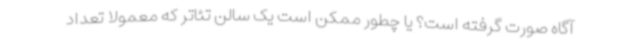
آگاه صورت گرفته است؟ یا چطور ممکن است یک سالن تئاتر که معمولا تعداد